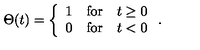
\Theta ( t ) = \left\{ \begin{array} { l l l } { 1 } & { \mathrm { f o r } } & { t \geq 0 } \\ { 0 } & { \mathrm { f o r } } & { t < 0 } \\ \end{array} \right. .